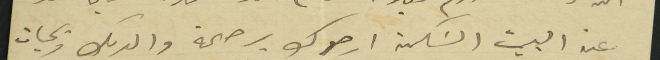
عن البيت السَكن ارجوك برحمة والديك وبحيات